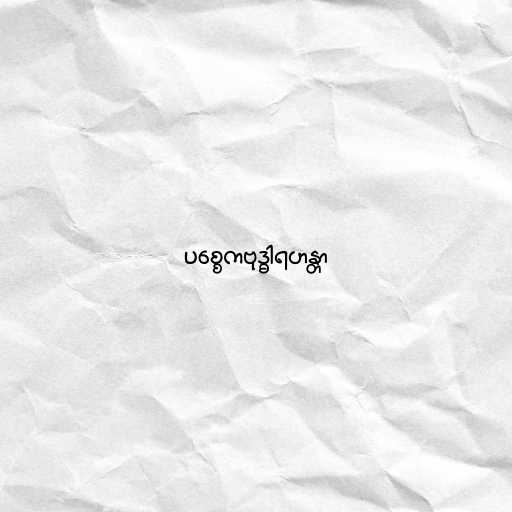
ပစ္စေကဗုဒ္ဓါရဟန္တာ